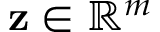
\mathbf { z } \in \mathbb { R } ^ { m }